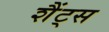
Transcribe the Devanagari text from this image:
शैंट्स